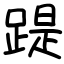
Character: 踶